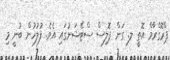
ޕްރޮގްރާމް އޮތީ ލ. ގަން ޕޮލިސް ސްޓޭޝަނުގައި އެވެ. ފުލުހުން ބުނީ މި